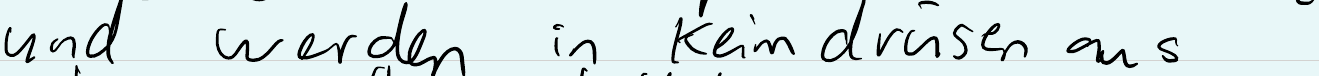
und werden in Keimdrüsen aus